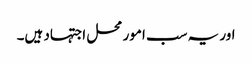
اور یہ سب امور محل اجتہاد ہیں۔